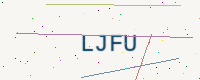
Text: LJFU